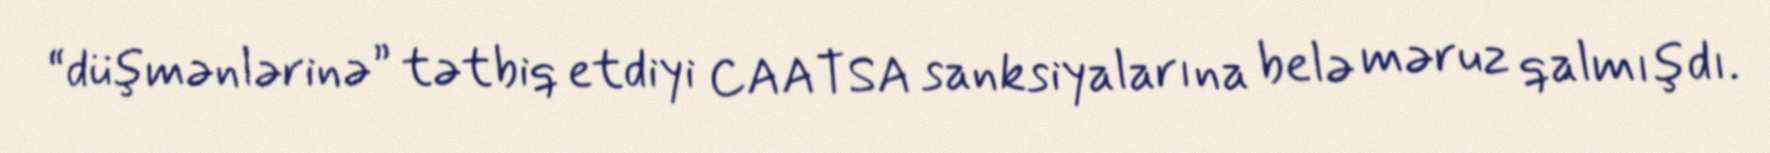
“düşmənlərinə” tətbiq etdiyi CAATSA sanksiyalarına belə məruz qalmışdı.